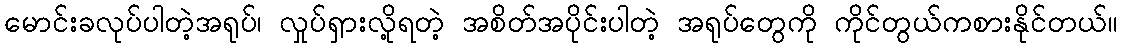
မောင်းခလုပ်ပါတဲ့အရုပ်၊ လှုပ်ရှားလို့ရတဲ့ အစိတ်အပိုင်းပါတဲ့ အရုပ်တွေကို ကိုင်တွယ်ကစားနိုင်တယ်။